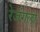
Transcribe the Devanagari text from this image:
रेजंगला